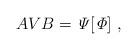
LaTeX: \begin{align*}A V B = {\it \Psi}[{\it \Phi}] \ ,\end{align*}